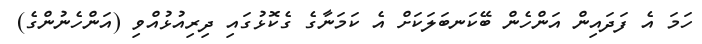
ހަމަ އެ ފަދައިން އަންހެން ބޭކަނބަލަކަށް އެ ކަމަނާގެ ގެކޮޅުގައި ދިރިއުޅުއްވި (އަންހެނުންގެ)